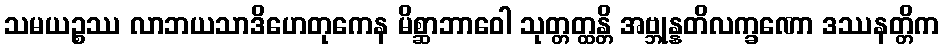
သမယဉ္စဿ လာဘယသာဒိဟေတုကေန မိစ္ဆာဘာဝေါ သုတ္တတ္ထန္တိ အဗ္ဘုန္နတိလက္ခဏော ဒဿနတ္တိက